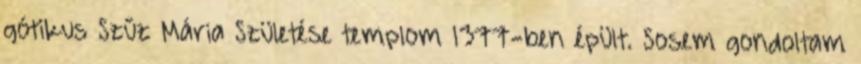
gótikus Szűz Mária Születése templom 1377-ben épült. Sosem gondoltam